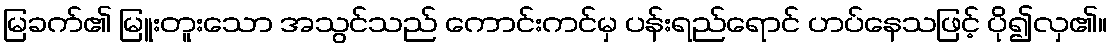
မြခက်၏ မြူးတူးသော အသွင်သည် ကောင်းကင်မှ ပန်းရည်ရောင် ဟပ်နေသဖြင့် ပို၍လှ၏။